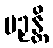
ပဉှန္တိ